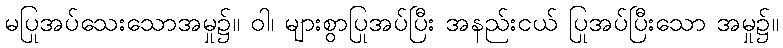
မပြုအပ်သေးသောအမှု၌။ ဝါ၊ များစွာပြုအပ်ပြီး အနည်းငယ် ပြုအပ်ပြီးသော အမှု၌။